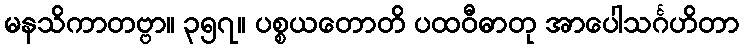
မနသိကာတဗ္ဗာ။ ၃၅၇။ ပစ္စယတောတိ ပထဝီဓာတု အာပေါသင်္ဂဟိတာ